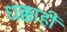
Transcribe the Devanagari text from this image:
धक्काही